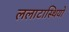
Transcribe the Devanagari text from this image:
ललाटास्थियों